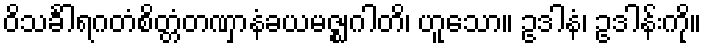
ဝိသင်္ခါရဂတံစိတ္တံတဏှာနံခယမဇ္ဈဂါတိ၊ ဟူသော။ ဥဒါနံ၊ ဥဒါန်းကို။